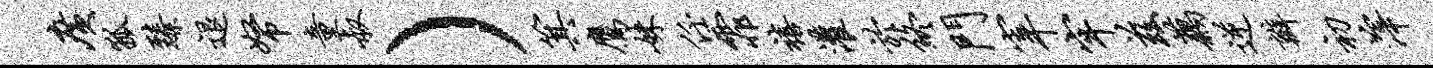
广狐臻退帑童叔）箕鹰妹任霏禧灌於终门宰牢兹藕逆瓣初滓